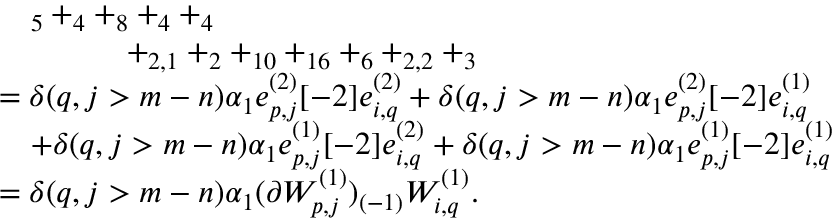
\begin{array} { r l } & { \quad _ { 5 } + _ { 4 } + _ { 8 } + _ { 4 } + _ { 4 } } \\ & { \qquad \qquad + _ { 2 , 1 } + _ { 2 } + _ { 1 0 } + _ { 1 6 } + _ { 6 } + _ { 2 , 2 } + _ { 3 } } \\ & { = \delta ( q , j > m - n ) \alpha _ { 1 } e _ { p , j } ^ { ( 2 ) } [ - 2 ] e _ { i , q } ^ { ( 2 ) } + \delta ( q , j > m - n ) \alpha _ { 1 } e _ { p , j } ^ { ( 2 ) } [ - 2 ] e _ { i , q } ^ { ( 1 ) } } \\ & { \quad + \delta ( q , j > m - n ) \alpha _ { 1 } e _ { p , j } ^ { ( 1 ) } [ - 2 ] e _ { i , q } ^ { ( 2 ) } + \delta ( q , j > m - n ) \alpha _ { 1 } e _ { p , j } ^ { ( 1 ) } [ - 2 ] e _ { i , q } ^ { ( 1 ) } } \\ & { = \delta ( q , j > m - n ) \alpha _ { 1 } ( \partial W _ { p , j } ^ { ( 1 ) } ) _ { ( - 1 ) } W _ { i , q } ^ { ( 1 ) } . } \end{array}